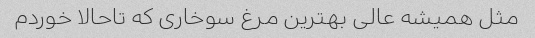
مثل همیشه عالی بهترین مرغ سوخاری که تاحالا خوردم